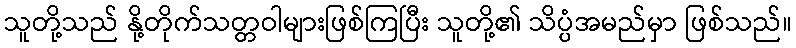
သူတို့သည် နို့တိုက်သတ္တဝါများဖြစ်ကြပြီး သူတို့၏ သိပ္ပံအမည်မှာ ဖြစ်သည်။